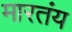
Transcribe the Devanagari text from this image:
मारतंय